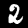
Label: 2